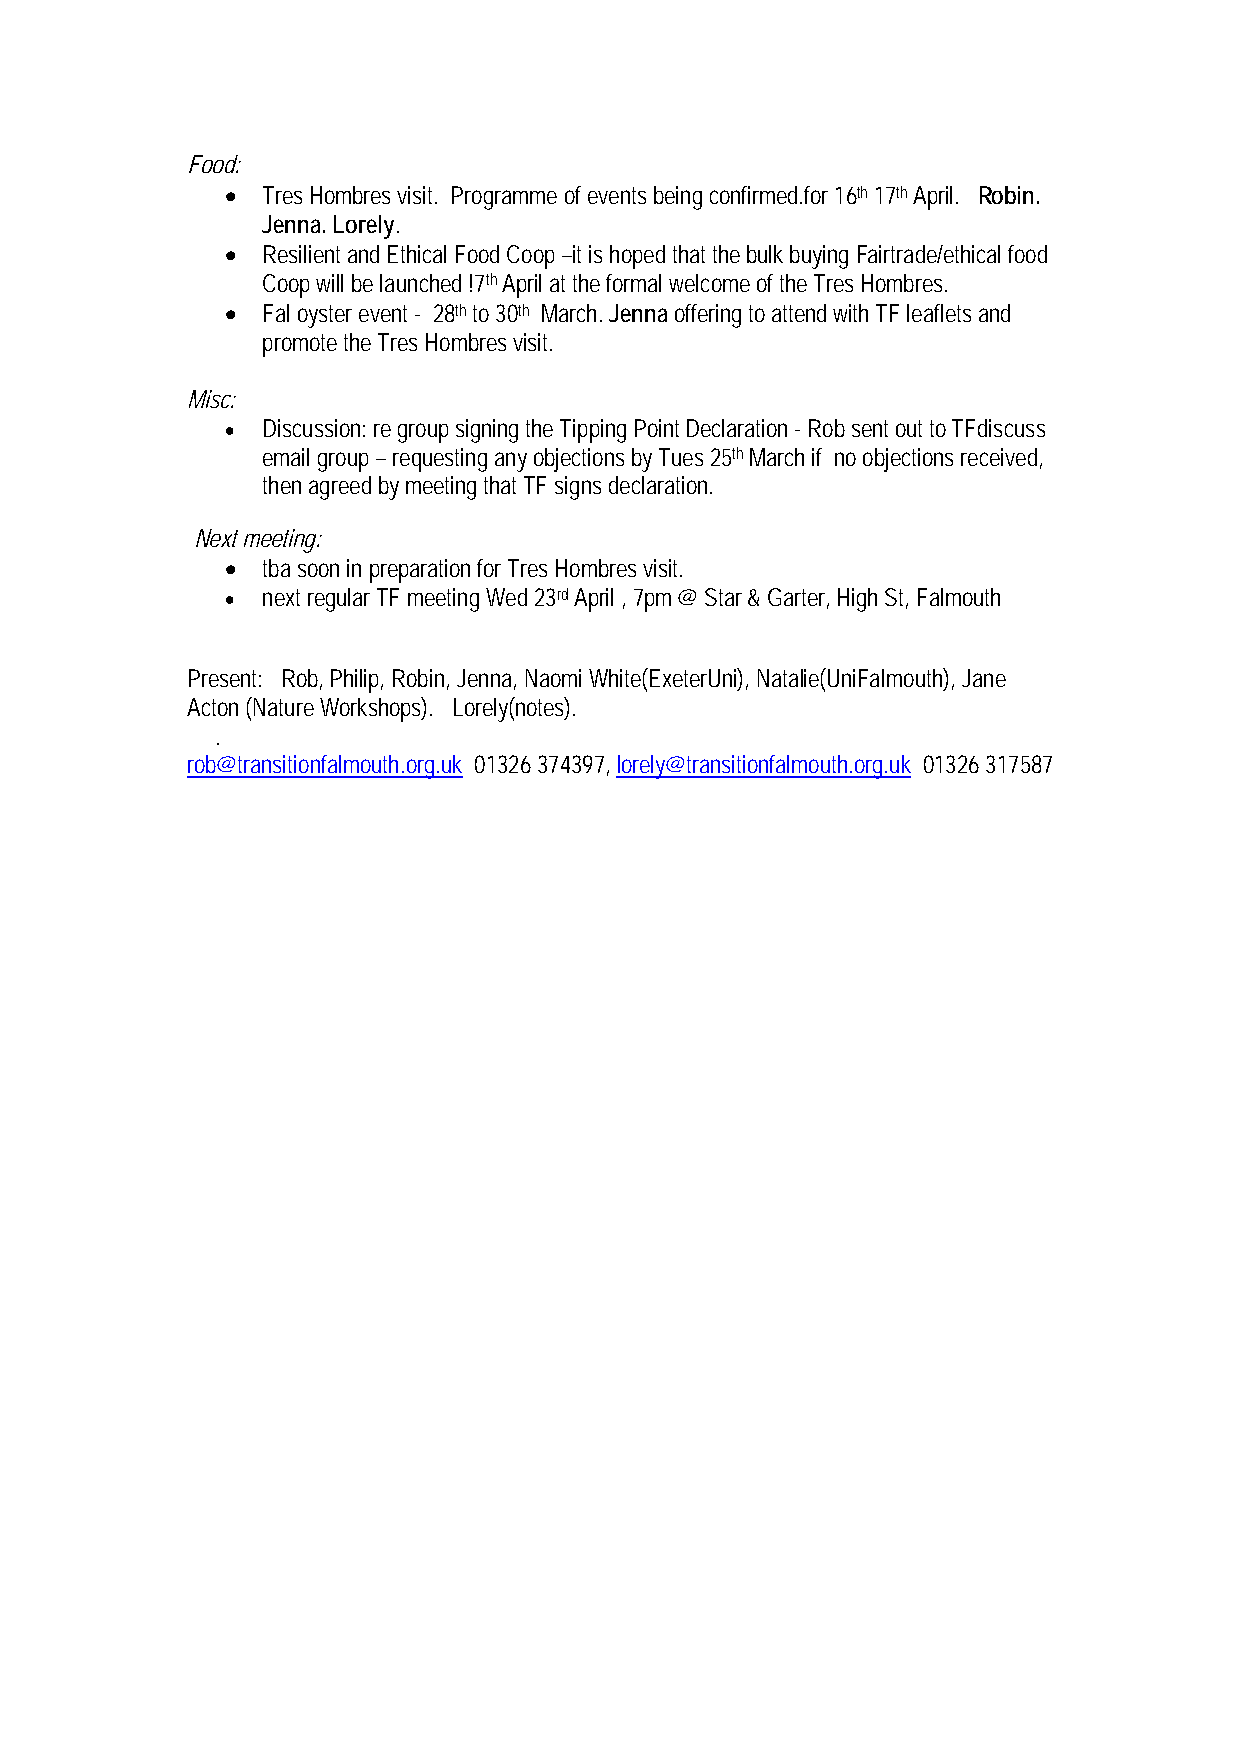
Food:
 • Tres Hombres visit. Programme of events being confirmed.for 16th 17th April. Robin.
 Jenna. Lorely.
 • Resilient and Ethical Food Coop –it is hoped that the bulk buying Fairtrade/ethical food
 Coop will be launched !7th April at the formal welcome of the Tres Hombres.
 • Fal oyster event - 28th to 30th March. Jenna offering to attend with TF leaflets and
 promote the Tres Hombres visit.
 Misc:
 • Discussion: re group signing the Tipping Point Declaration - Rob sent out to TFdiscuss
 email group – requesting any objections by Tues 25th March if no objections received,
 then agreed by meeting that TF signs declaration.
 Next meeting:
 • tba soon in preparation for Tres Hombres visit.
 • next regular TF meeting Wed 23rd April , 7pm @ Star & Garter, High St, Falmouth
 Present: Rob, Philip, Robin, Jenna, Naomi White(ExeterUni), Natalie(UniFalmouth), Jane
 Acton (Nature Workshops). Lorely(notes).
 .
 rob@transitionfalmouth.org.uk 01326 374397, lorely@transitionfalmouth.org.uk 01326 317587